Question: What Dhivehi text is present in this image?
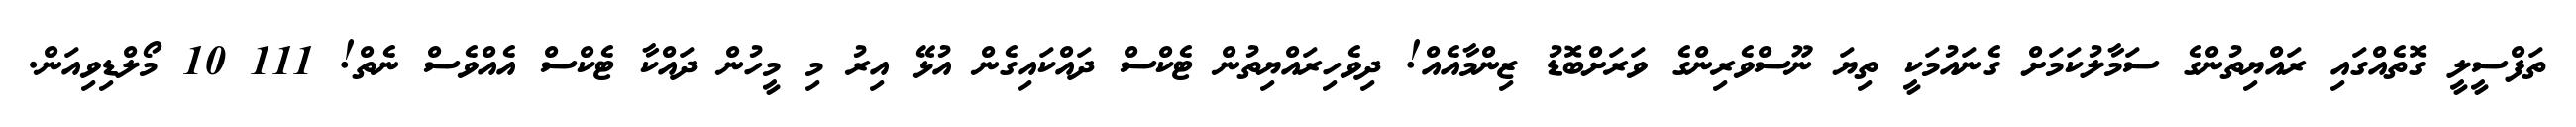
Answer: ތަފްސީލީ ގޮތެއްގައި ރައްޔިތުންގެ ސަމާލުކަމަށް ގެނައުމަކީ ތިޔަ ނޫސްވެރިންގެ ވަރަށްބޮޑު ޒިންމާއެއް! ދިވެހިރައްޔިތުން ޓެކްސް ދައްކައިގެން އުޅޭ އިރު މި މީހުން ދައްކާ ޓެކްސް އެއްވެސް ނެތް! 111 10 މޯލްޑިވިއަން.